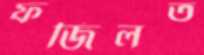
ফজিলত